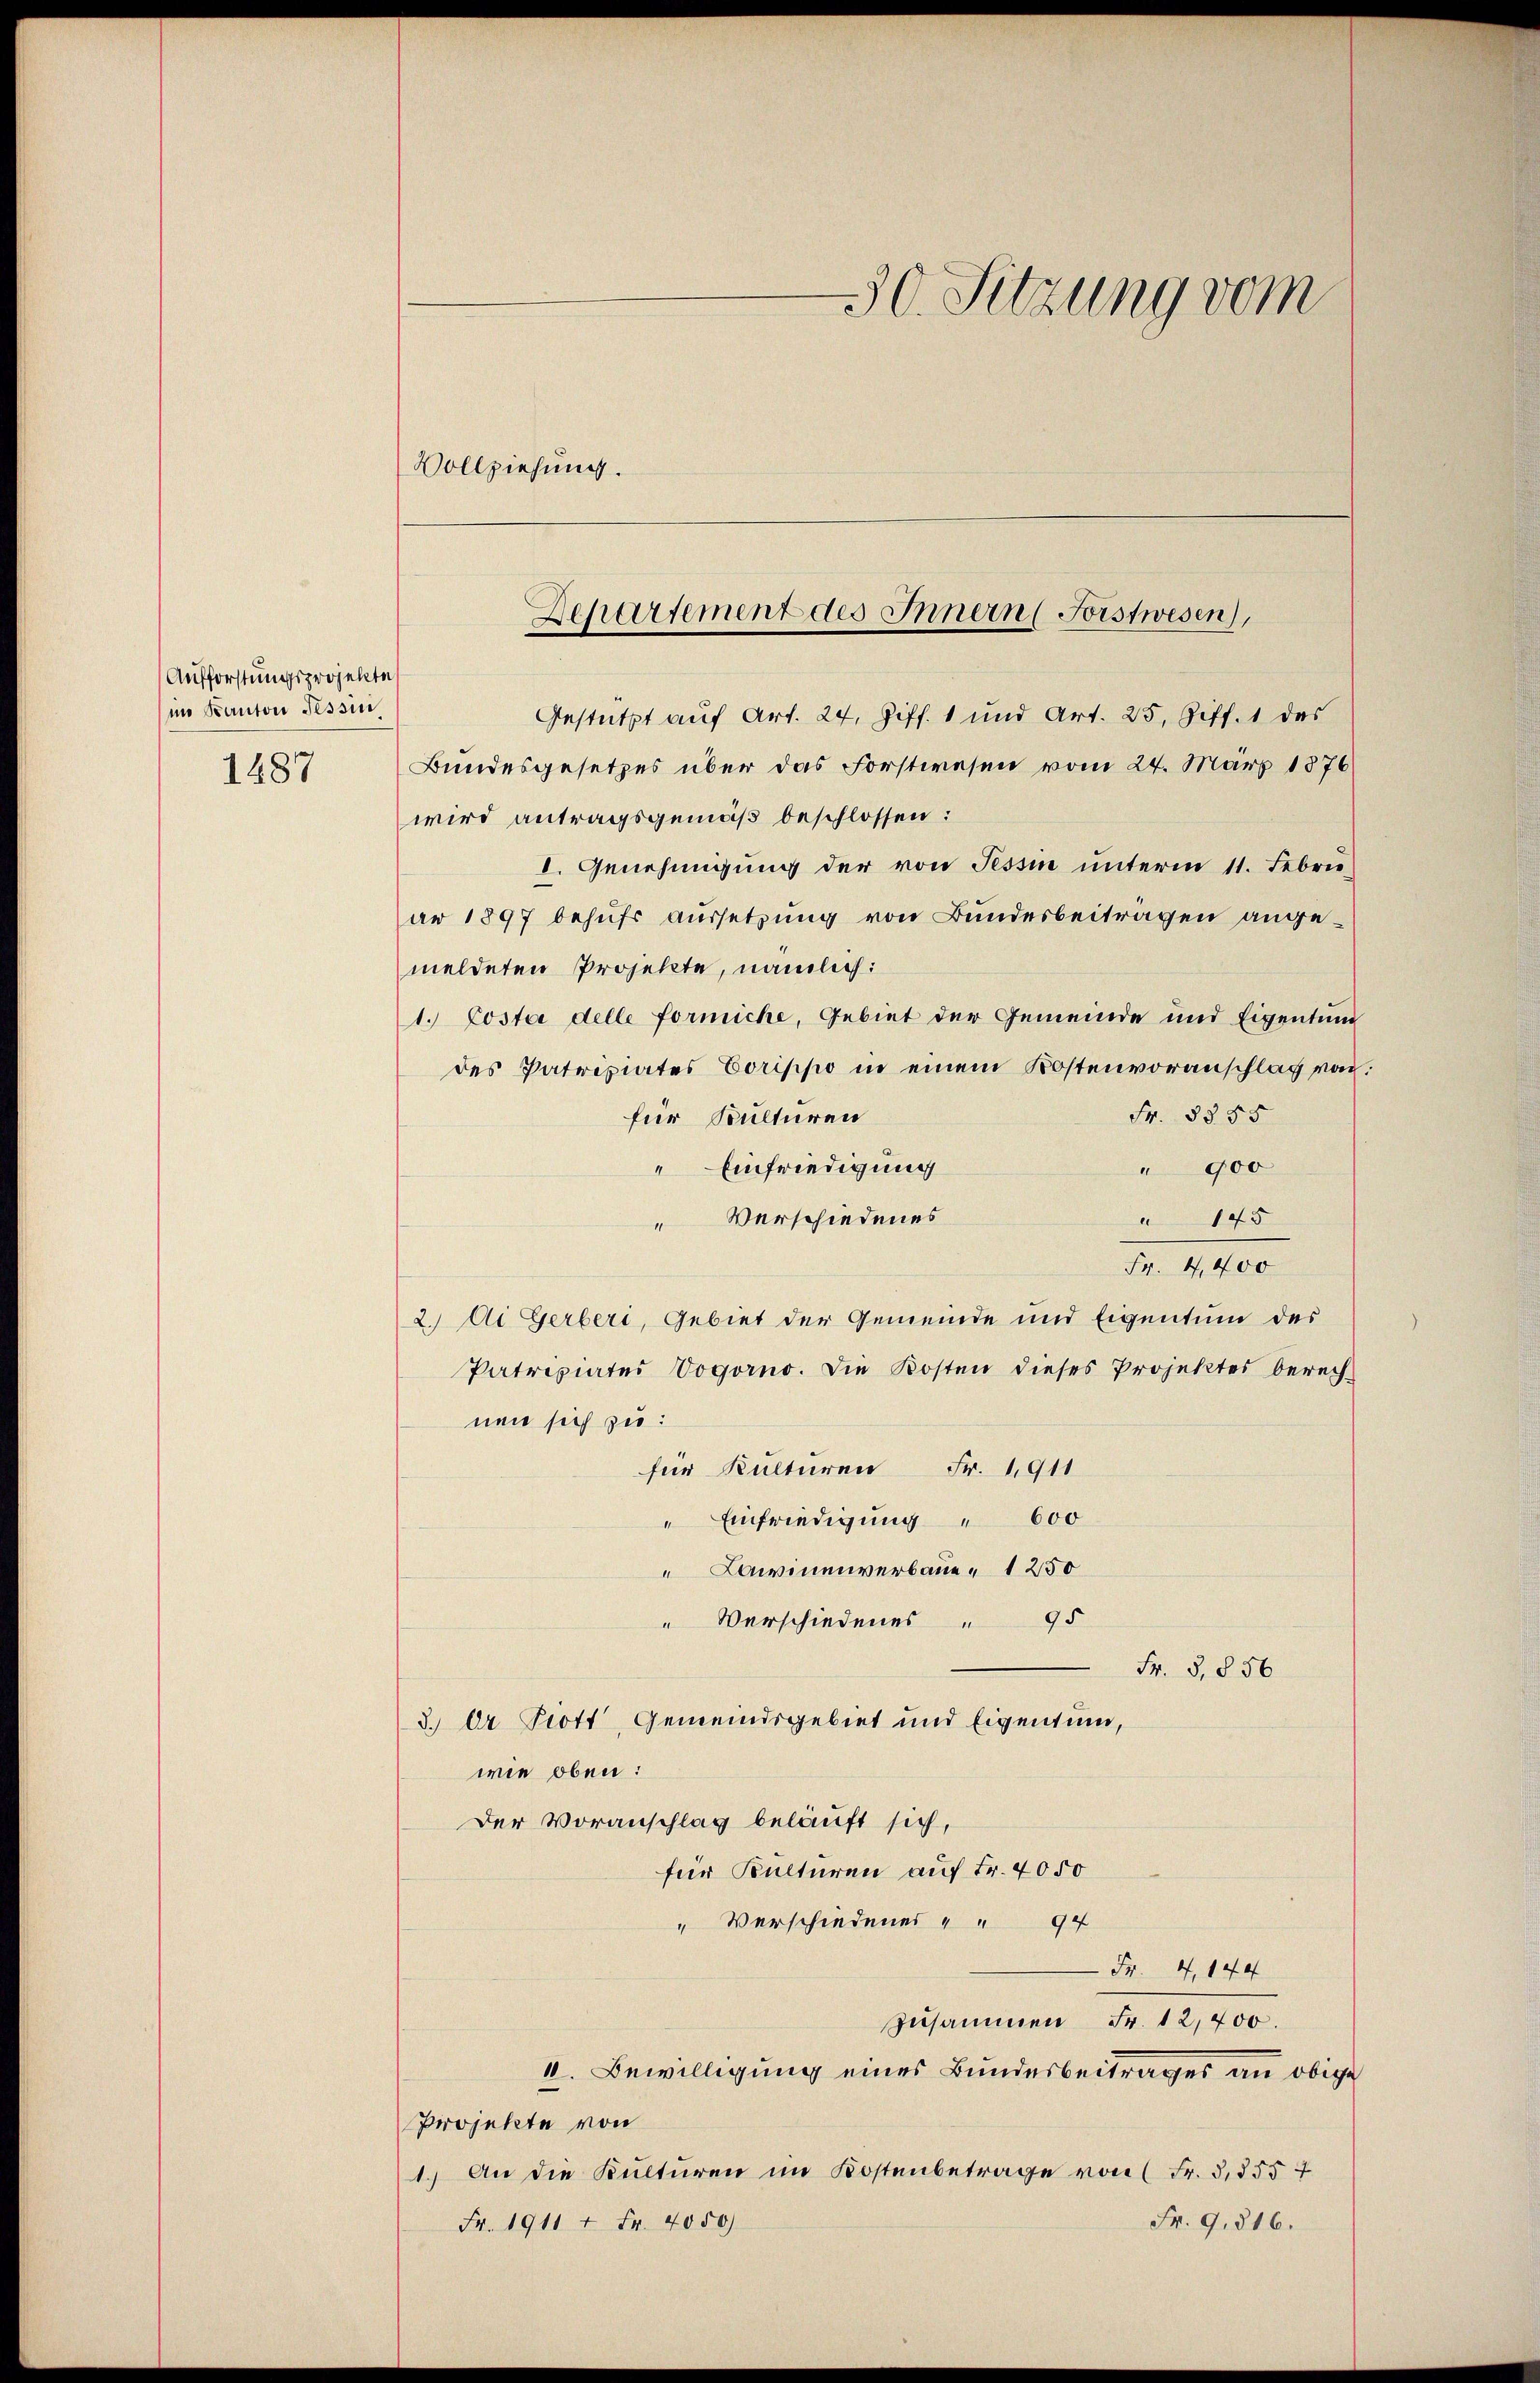
Aufforstungsprojekte
m Kanton Tessin
1487

30. Sitzung vom

Vollziehung.
Departement des Innern (Forstwesen),

Gestützt auf Art. 24, Ziff. 1 und Art. 25. Ziff. 1 des
Bundesgesetzes über das Forstwesen vom 24. März 1876
wird antragsgemäß beschlossen:
I. Genehmigung der von Tessin unterm 11. Febru
ar 1897 behufs aussetzung von Bundesbeiträgen angemeldeten Projekte, nämlich:
1. Costa delle formicke, Gebiet der Gemeinde und Eigentum
des Patripiates Corippo in einem Kostenvoranschlag von
Fr. 8355
für Kulturen
" 900
" Einfriedigung
Verschiedenes
145
Fr. 4,400
2. Ai Gerberi, Gebiet der Gemeinde und Eigentum des
Patripiater Vogorno. Die Kosten dieses Projektes berechnen sich zu:
für Kulturen Fr. 1911
" Einfriedigung " 600
"Lawinenverbaue " 1250
" Verschiedenes " 95
Fr. 3, 856
3.) Dr. Prott, Gemeindsgebiet und Eigentum,
wie oben:
Der Voranschlag beläuft sich,
für Kulturen auf Fr. 4050
" Verschiedenes " " 94
Fr. 4, 144
zusammen Fr. 12,400.
II. Bewilligung eines Bundesbeitrages an obige
Projekte von
1.) An die Kulturen im Kostenbetrage von Fr. 3,555 f
Fr. 9,816.
Fr. 1911 1 Fr. 4050